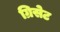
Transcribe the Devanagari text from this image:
ग्रिसेट